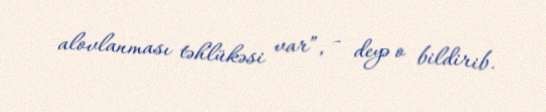
alovlanması təhlükəsi var”, - deyə o bildirib.